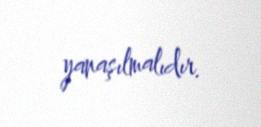
yanaşılmalıdır.